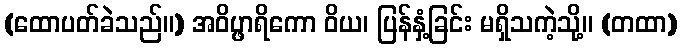
(ထောပတ်ခဲသည်။) အဝိပ္ဖာရိကော ဝိယ၊ ပြန်နှံ့ခြင်း မရှိသကဲ့သို့။ (တထာ)